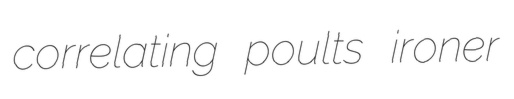
correlating poults ironer